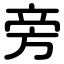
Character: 旁